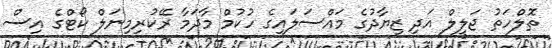
ތޮލްހަތު ޖަލީލް އަދި ޒިޔާދުގެ މައްސަލައިގެ ހުކުމް މާދަމާ ރޭކުރިމިނަލް ކޯޓްގެ އިސް